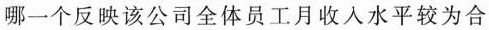
哪一个反映该公司全体员工月收入水平较为合